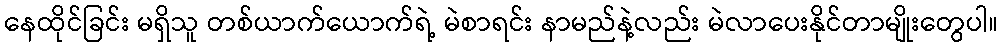
နေထိုင်ခြင်း မရှိသူ တစ်ယာက်ယောက်ရဲ့ မဲစာရင်း နာမည်နဲ့လည်း မဲလာပေးနိုင်တာမျိုးတွေပါ။